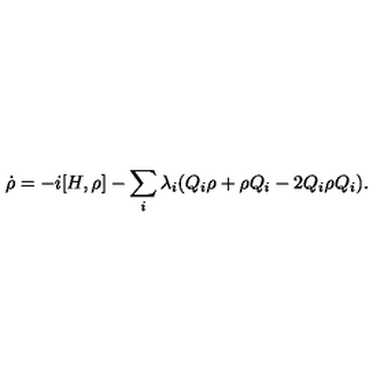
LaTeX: \dot { \rho } = - i [ H , \rho ] - \sum _ { i } ^ { } \lambda _ { i } ( Q _ { i } \rho + \rho Q _ { i } - 2 Q _ { i } \rho Q _ { i } ) .